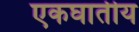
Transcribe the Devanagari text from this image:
एकघातीय